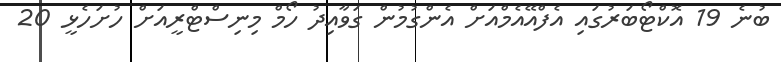
ބުނެ 19 އޮކްޓޯބަރުގައި އެފްއޭއެމްއަށް އެންގުމުން ގަވާއިދު ހޯމް މިނިސްޓްރީއަށް ހުށަހެޅީ 20